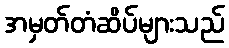
အမှတ်တံဆိပ်များသည်